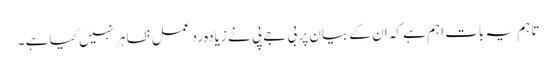
تاہم یہ بات اہم ہے کہ ان کے بیان پر بی جے پی نے زیادہ ردعمل ظاہر نہیں کیا ہے ۔